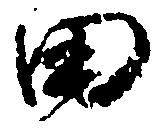
田